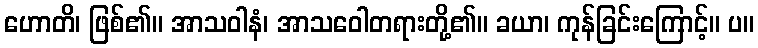
ဟောတိ၊ ဖြစ်၏။ အာသဝါနံ၊ အာသဝေါတရားတို့၏။ ခယာ၊ ကုန်ခြင်းကြောင့်။ ပ။